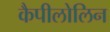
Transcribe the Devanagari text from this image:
कैपीलोलिन